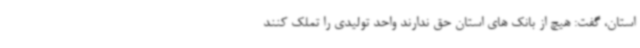
استان، گفت: هیچ از بانک های استان حق ندارند واحد تولیدی را تملک کنند